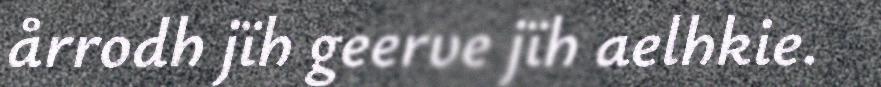
årrodh jïh geerve jïh aelhkie.